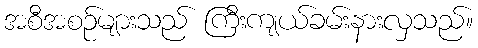
အစီအစဉ်များသည် ကြီးကျယ်ခမ်းနားလှသည်။